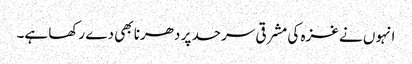
انہوں نے غزہ کی مشرقی سرحد پر دھرنا بھی دے رکھا ہے۔